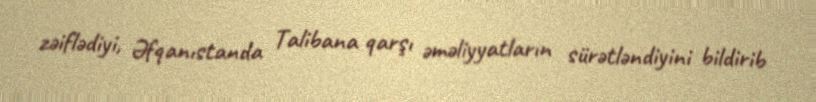
zəiflədiyi, Əfqanıstanda Talibana qarşı əməliyyatların sürətləndiyini bildirib